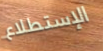
الإستطلاع